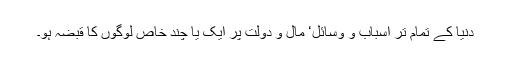
دنیا کے تمام تر اسباب و وسائل‘ مال و دولت پر ایک یا چند خاص لوگوں کا قبضہ ہو۔